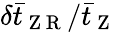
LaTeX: \delta\bar{t}_{\mathrm{~Z~R~}}/\bar{t}_{\mathrm{~Z~}}